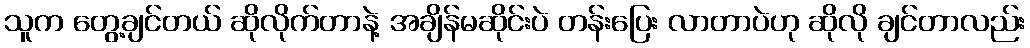
သူက တွေ့ချင်တယ် ဆိုလိုက်တာနဲ့ အချိန်မဆိုင်းပဲ တန်းပြေး လာတာပဲဟု ဆိုလို ချင်တာလည်း